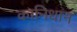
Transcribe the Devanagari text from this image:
कानिधान